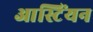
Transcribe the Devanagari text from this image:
आस्टिंयन